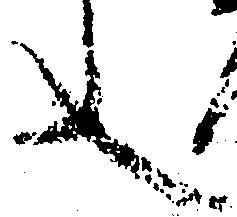
文